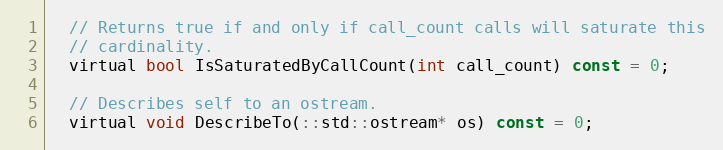
Language: C
  // Returns true if and only if call_count calls will saturate this
  // cardinality.
  virtual bool IsSaturatedByCallCount(int call_count) const = 0;

  // Describes self to an ostream.
  virtual void DescribeTo(::std::ostream* os) const = 0;